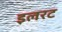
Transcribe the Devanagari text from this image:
इलरट